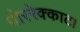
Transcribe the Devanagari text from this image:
पोररेक्काट।